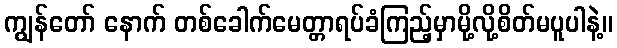
ကျွန်တော် နောက် တစ်ခေါက်မေတ္တာရပ်ခံကြည့်မှာမို့လို့စိတ်မပူပါနဲ့။